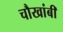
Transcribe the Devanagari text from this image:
चौखांबी